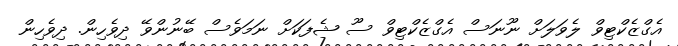
އެގްޒެކްޓިވް ލެވަލަށް ނޫނަސް އެގްޒެކްޓިވް ސޫ ޝެފަކަށް ނަމަވެސް ބޭނުންވޭ ދިވެހިން. ދިވެހިން